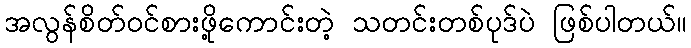
အလွန်စိတ်ဝင်စားဖို့ကောင်းတဲ့ သတင်းတစ်ပုဒ်ပဲ ဖြစ်ပါတယ်။